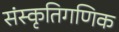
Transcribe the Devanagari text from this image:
संस्कृतिगणिक